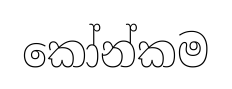
කෝන්කම